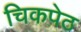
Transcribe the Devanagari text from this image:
चिकपेठ